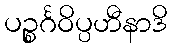
ပဉ္စင်္ဂဝိပ္ပဟီနာဒိ